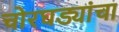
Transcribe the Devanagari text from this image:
चोरघड्यांचा